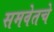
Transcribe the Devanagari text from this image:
समवेतचे